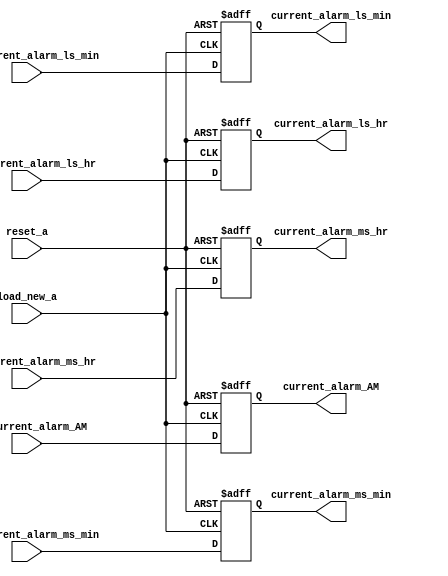
module register_alarm_clock(new_current_alarm_ls_min, new_current_alarm_ms_min,
		new_current_alarm_ls_hr, new_current_alarm_ms_hr, new_current_alarm_AM,
		load_new_a, reset_a,
		current_alarm_ls_min, current_alarm_ms_min,
		current_alarm_ls_hr, current_alarm_ms_hr, current_alarm_AM);

input [3:0]	new_current_alarm_ls_min,
		new_current_alarm_ms_min,
		new_current_alarm_ls_hr,
		new_current_alarm_ms_hr;


input load_new_a, reset_a, new_current_alarm_AM;

output [3:0]	current_alarm_ls_min,
		current_alarm_ms_min,
		current_alarm_ls_hr,
		current_alarm_ms_hr;
output 		current_alarm_AM;

reg [3:0] ls_a_min, ms_a_min, ls_a_hr, ms_a_hr;
reg a_AM;

wire [3:0]	current_alarm_ls_min,
		current_alarm_ms_min,
		current_alarm_ls_hr,
		current_alarm_ms_hr;
wire		current_alarm_AM;


always@ (posedge reset_a or posedge load_new_a)
begin
	if (reset_a)
	begin
		ls_a_min	<= 4'b0000;
		ms_a_min	<= 4'b0000;
		ls_a_hr		<= 4'b0000;
		ms_a_hr		<= 4'b0000;
		a_AM		<= 1'b0;
		
	end
	else if (load_new_a)
	begin
		ls_a_min	<= new_current_alarm_ls_min;
		ms_a_min	<= new_current_alarm_ms_min;
		ls_a_hr		<= new_current_alarm_ls_hr;
		ms_a_hr		<= new_current_alarm_ms_hr;
		a_AM		<= new_current_alarm_AM;
	end

end

assign current_alarm_ls_min = ls_a_min;
assign current_alarm_ms_min = ms_a_min;
assign current_alarm_ls_hr  = ls_a_hr;
assign current_alarm_ms_hr  = ms_a_hr;
assign current_alarm_AM  = a_AM;


endmodule